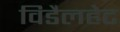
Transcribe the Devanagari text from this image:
विडैलहेट